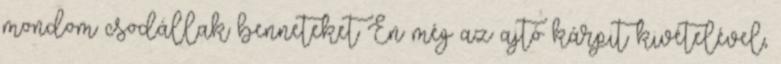
mondom csodállak benneteket Én még az ajtó kárpit kivételével,